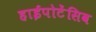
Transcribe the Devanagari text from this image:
हाईपोटेंसिव